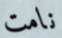
نامت